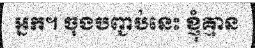
អ្នក។ ចុងបញ្ជប់នេះ ខ្ញុំគ្មាន